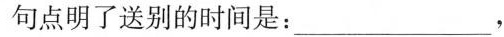
点明了送别的时间是：___，